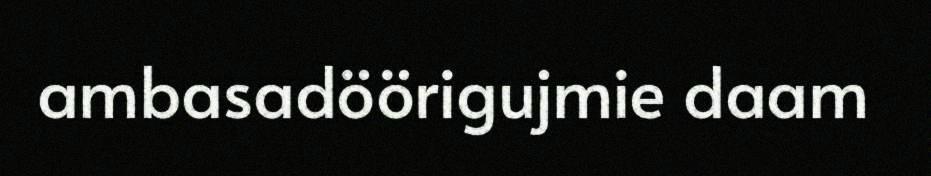
ambasadöörigujmie daam